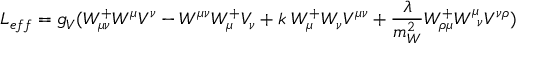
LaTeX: L _ { e f f } = g _ { V } ( W _ { \mu \nu } ^ { + } W ^ { \mu } V ^ { \nu } - W ^ { \mu \nu } W _ { \mu } ^ { + } V _ { \nu } + k \; W _ { \mu } ^ { + } W _ { \nu } V ^ { \mu \nu } + \frac { \lambda } { m _ { W } ^ { 2 } } W _ { \rho \mu } ^ { + } W _ { \; \; \nu } ^ { \mu } V ^ { \nu \rho } )